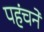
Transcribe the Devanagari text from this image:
पहंचने